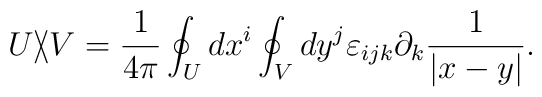
U \backslash\!\!\!\slash V={1\over 4\pi}\oint_Udx^i\oint_V dy^j\varepsilon_{ijk}\partial_k {1\over |x-y|}.